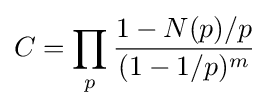
C=\prod _{p}{\frac {1-N(p)/p}{(1-1/p)^{m}}}\